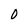
Character: o